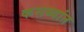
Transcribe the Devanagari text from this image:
कसब्यांत